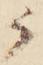
候